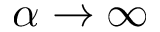
\alpha \to \infty